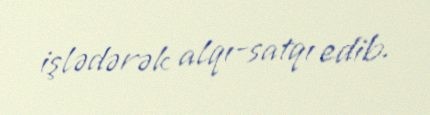
işlədərək alqı-satqı edib.